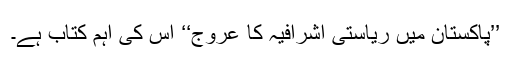
’’پاکستان میں ریاستی اشرافیہ کا عروج‘‘ اس کی اہم کتاب ہے۔